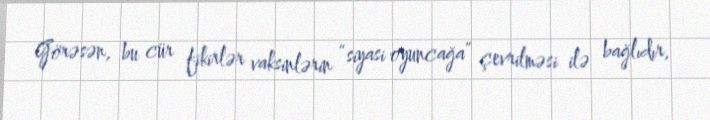
Görəsən, bu cür fikirlər vaksinlərin “siyasi oyuncağa” çevrilməsi ilə bağlıdır,